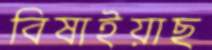
বিষাইয়াছ